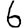
Digit: 6